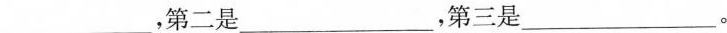
___，第二是___，第三是___。